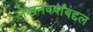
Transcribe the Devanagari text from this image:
लेखनवर्षांबद्दल